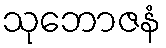
သုဘောဇနံ